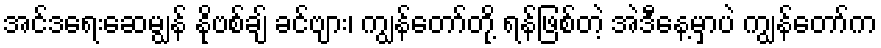
အင်ဒရေးဆေမျွန် နိုဗစ်ချ် ခင်ဗျား၊ ကျွန်တော်တို့ ရန်ဖြစ်တဲ့ အဲဒီနေ့မှာပဲ ကျွန်တော်က